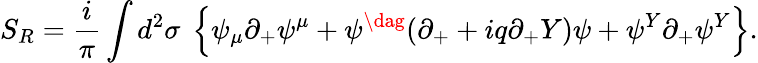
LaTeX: S_{R}=\frac i{\pi}\int d^{2}\sigma\ \left\{ \psi_{\mu}\partial_{+}\psi^{\mu}+\psi^{\dag}(\partial_{+}+iq\partial_{+}Y)\psi+\psi^{Y}\partial_{+}\psi^{Y}\right\} .